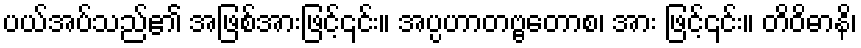
ပယ်အပ်သည်၏ အဖြစ်အားဖြင့်၎င်း။ အပ္ပဟာတဗ္ဗတောစ၊ အား ဖြင့်၎င်း။ တိဝိဓာနိ၊